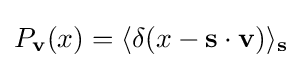
P_{\mathbf {v} }(x)=\langle \delta (x-\mathbf {s} \cdot \mathbf {v} )\rangle _{\mathbf {s} }